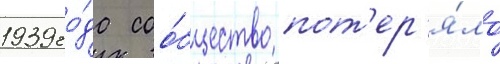
1939 го́да соо́бщество пот'ер'я́ло